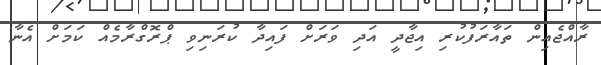
ރާއްޖެއިން ތައާރަފުކުރި އިޖާދީ އަދި ވަރަށް ފައިދާ ކުރަނިވި ޕްރޮގްރާމެއް ކަމަށް އެނާ